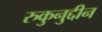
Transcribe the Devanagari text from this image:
रुकुनुद्दीन